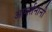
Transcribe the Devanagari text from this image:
आवर्तनांनी